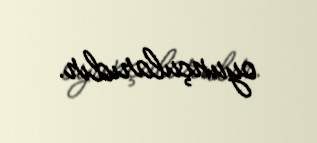
oyunçularıdır.